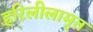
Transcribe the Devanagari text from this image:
हरिलीलामृत